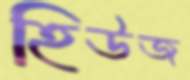
হিউজ